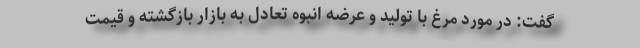
گفت: در مورد مرغ با تولید و عرضه انبوه تعادل به بازار بازگشته و قیمت